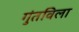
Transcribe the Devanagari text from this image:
गुंतविला